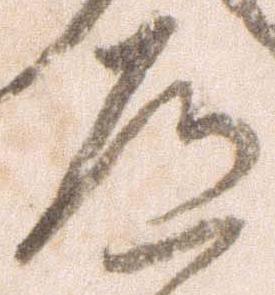
道